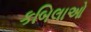
કબિલાઓ